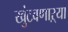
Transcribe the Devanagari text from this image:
खुंटवणाऱ्या